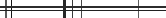
٥